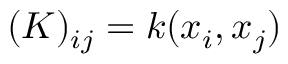
( K ) _ { i j } = k ( x _ { i } , x _ { j } )